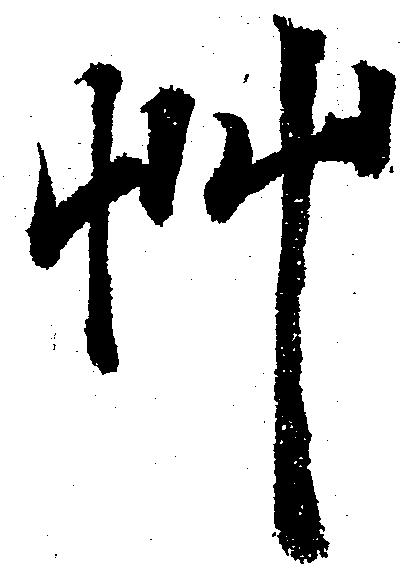
艸